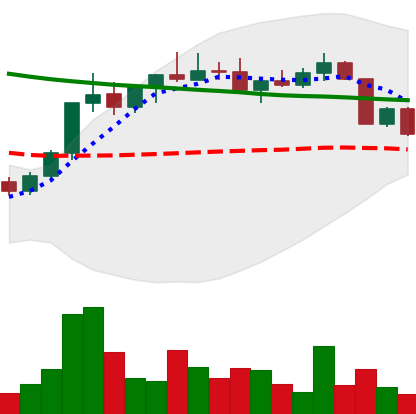
Ticker: ADA-USD
Chart end date: 2022-04-08
Forward return: -5.031%
Label: down_5_7